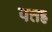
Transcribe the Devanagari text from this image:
पत्तह्र